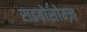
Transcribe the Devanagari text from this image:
राइबोसोम्ज़